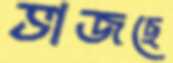
ভাজছে